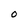
Character: O